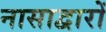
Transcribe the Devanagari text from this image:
नासाद्वारों